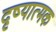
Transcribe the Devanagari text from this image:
दृष्यात्मक